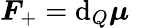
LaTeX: \boldsymbol{F}_{+}=\mathrm{d}_{Q}\boldsymbol{\mu}^{\mathrm{~\, ~}}